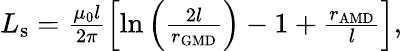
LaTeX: \begin{array}{r}{L_{\mathrm{s}}=\frac{\mu_{0}l}{2\pi}\left[\ln\left(\frac{2l}{r_{\mathrm{GMD}}}\right)-1+\frac{r_{\mathrm{AMD}}}{l}\right],}\end{array}